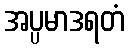
အပ္ပမာဒရတံ